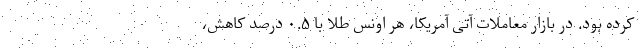
کرده بود. در بازار معاملات آتی آمریکا، هر اونس طلا با ۰.۵ درصد کاهش،